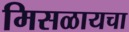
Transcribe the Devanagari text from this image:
मिसळायचा